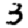
Digit: 3